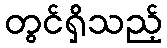
တွင်ရှိသည့်